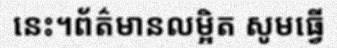
នេះ។ព័ត៌មានលម្អិត សូមធ្វើ